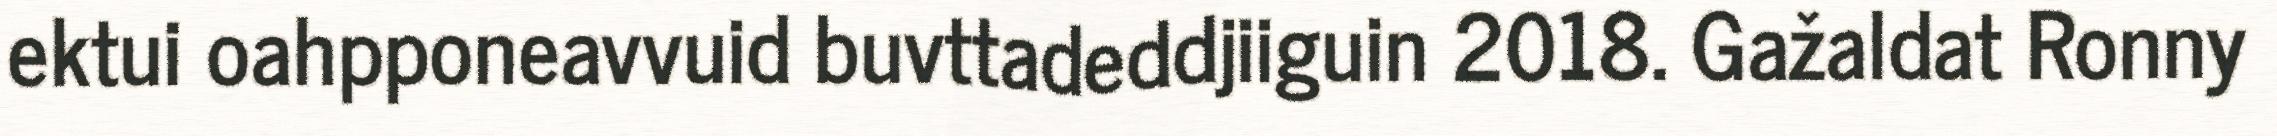
ektui oahpponeavvuid buvttadeddjiiguin 2018. Gažaldat Ronny